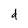
Character: d